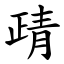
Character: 靕